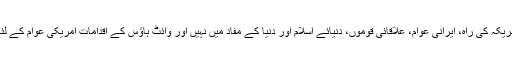
ایرانی صدر نے کہا کہ امریکہ کی راہ، ایرانی عوام، علاقائی قوموں، دنیائے اسلام اور دنیا کے مفاد میں نہیں اور وائٹ ہاؤس کے اقدامات امریکی عوام کے لئے بھی ضررساں ہونگے۔